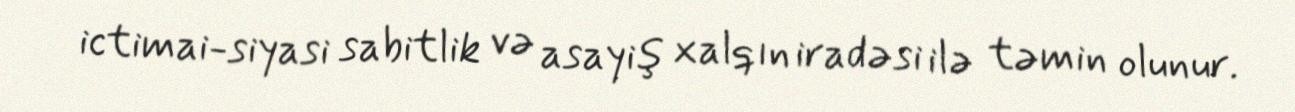
ictimai-siyasi sabitlik və asayiş xalqın iradəsi ilə təmin olunur.